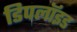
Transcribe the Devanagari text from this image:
डिपलॉइड